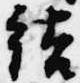
結